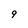
Character: 9